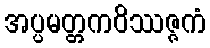
အပ္ပမတ္တကဝိဿဇ္ဇကံ